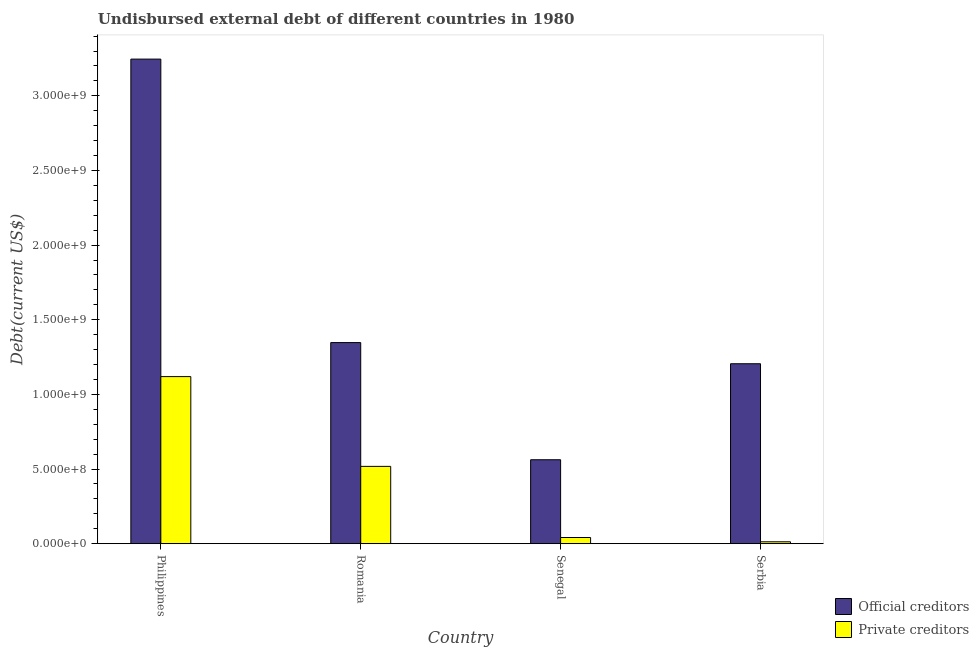
| Country | Official creditors | Private creditors |
 | --- | --- | --- |
 | Philippines | 3.25e+09 | 1.12e+09 |
 | Romania | 1.35e+09 | 5.18e+08 |
 | Senegal | 5.62e+08 | 4.12e+07 |
 | Serbia | 1.21e+09 | 1.25e+07 |